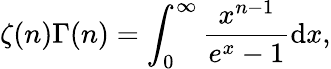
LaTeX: \zeta(n){\Gamma(n)}=\int_{0}^{\infty}{\frac{x^{n-1}}{e^{x}-1}}\mathrm{d}x,